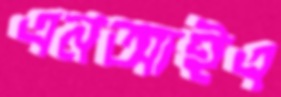
এনআইএ